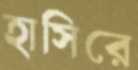
হাসিরে